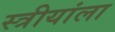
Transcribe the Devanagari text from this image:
स्त्रीयांला